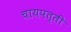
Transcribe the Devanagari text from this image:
चायपत्ती